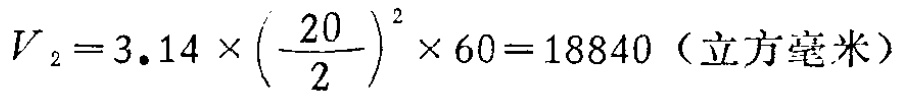
\[V_{2}=3.14\times\left(\frac{20}{2}\right)^{2}\times60 = 18840\ (\text{立方毫米})\]